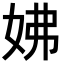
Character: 𡛯